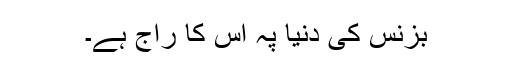
بزنس کی دنیا پہ اس کا راج ہے۔